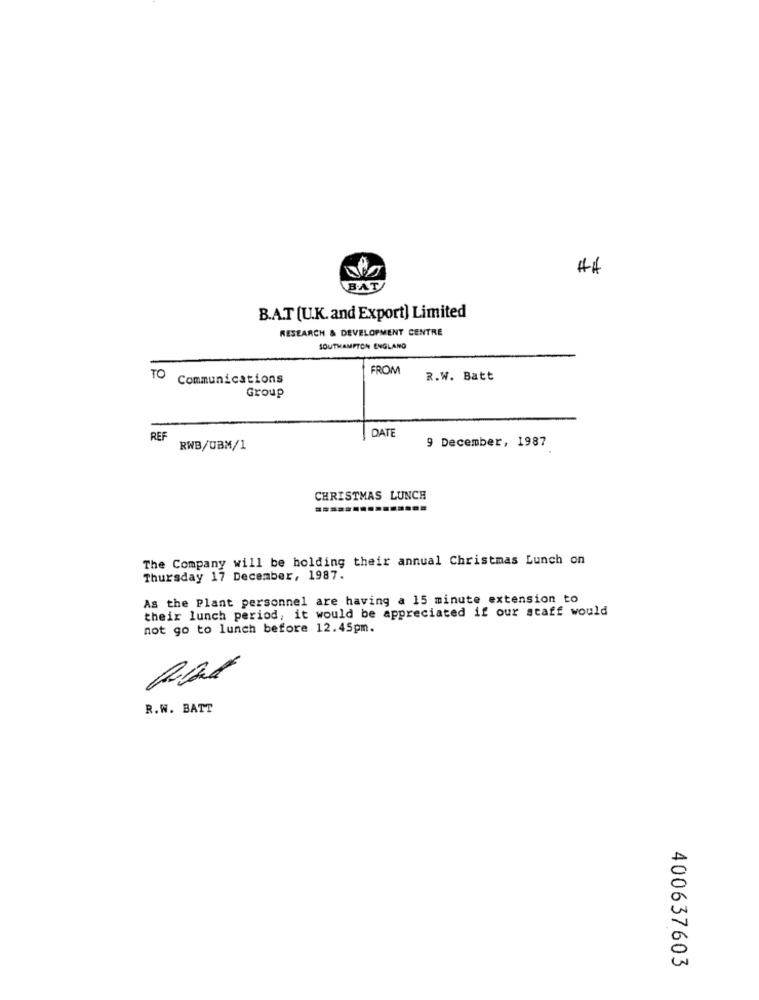
BAT
B.A.T [U.K. and Export] Limited
RESEARCH & DEVELOPMENT CENTRE
SOUTHAMPTON ENGLAND
FROM
TO
Communications
R.W. Batt
Group
DATE
REF
RWB/UBM/1
9 December, 1987
CHRISTMAS LUNCH
The Company will be holding their annual Christmas Lunch on
Thursday 17 December, 1987.
As the Plant personnel are having a 15 minute extension to
their lunch period, it would be appreciated if our staff would
not go to lunch before 12.45pm.
R.W. BATT
400637603